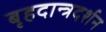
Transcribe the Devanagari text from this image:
बृहदान्त्रदर्शन